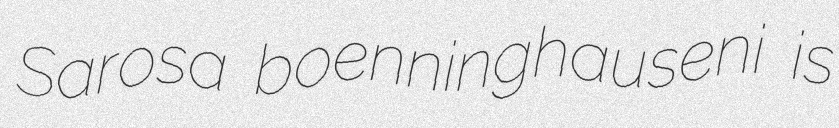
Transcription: Sarosa boenninghauseni is